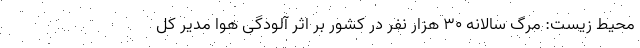
محیط زیست: مرگ سالانه ٣٠ هزار نفر در کشور بر اثر آلودگی هوا مدیر کل